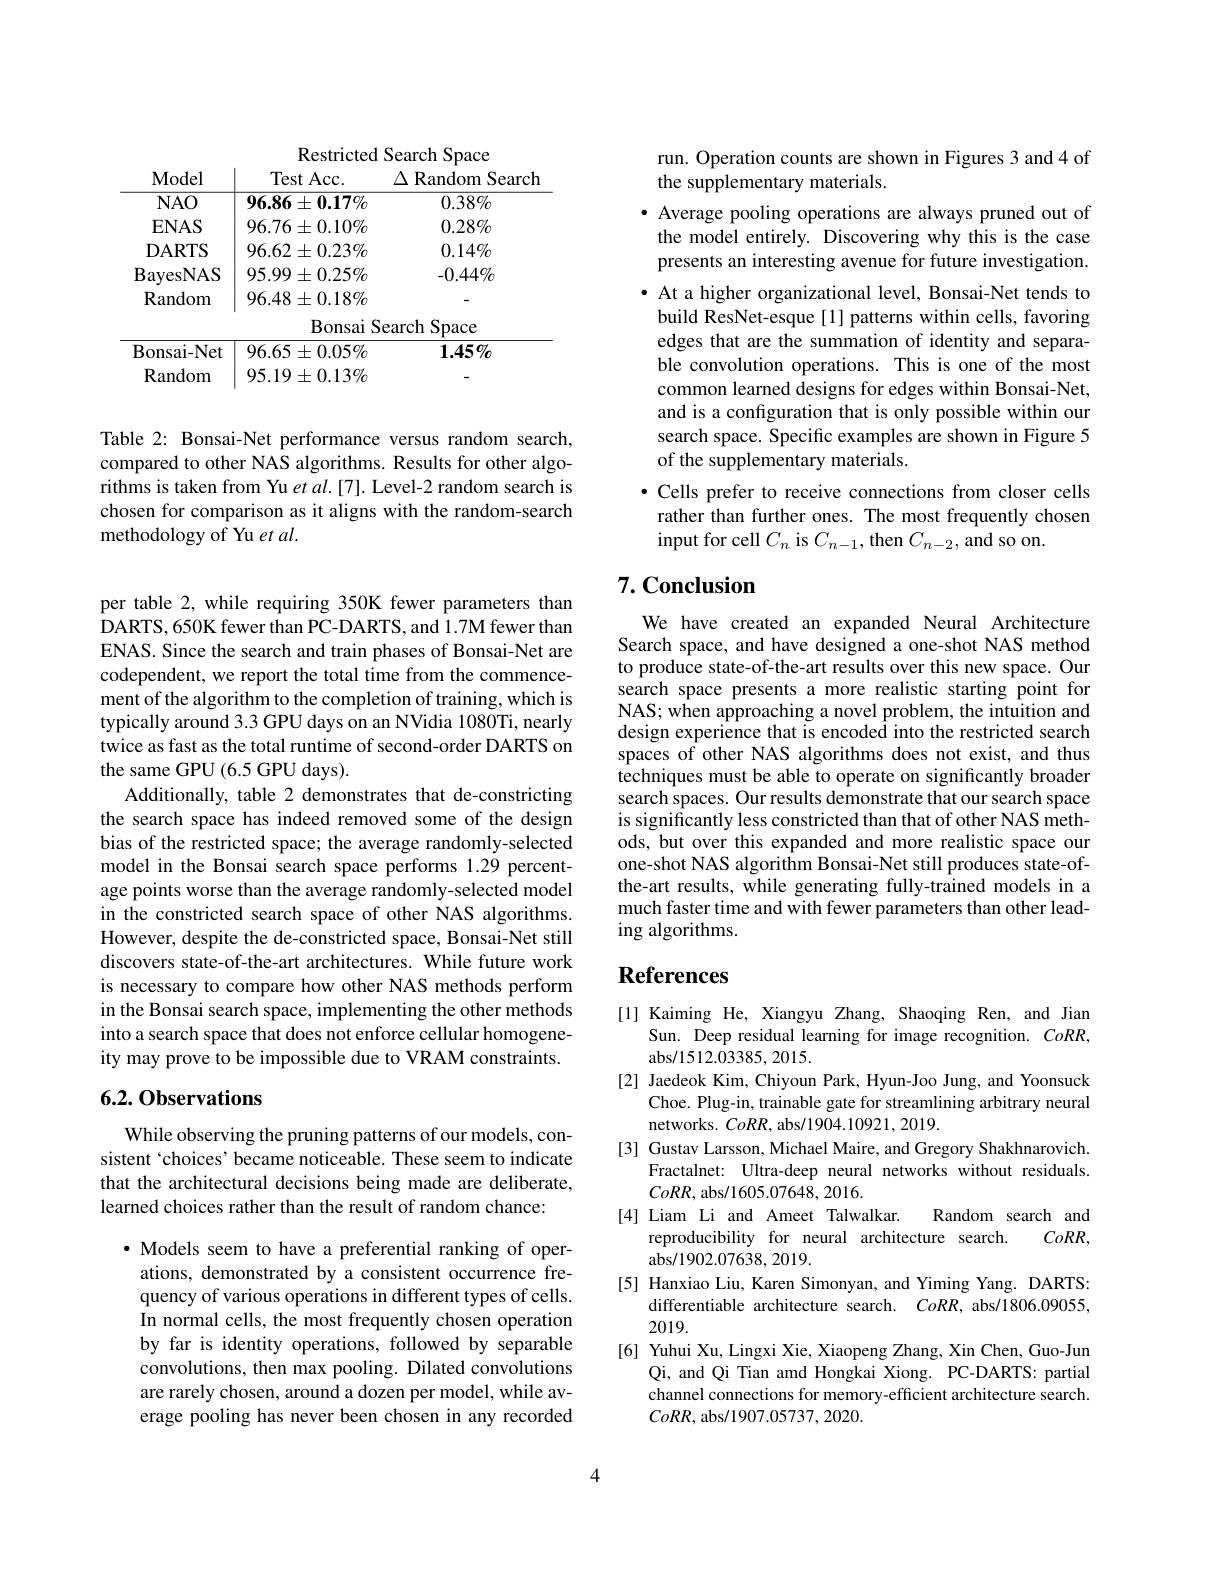
Restricted Search Space
<table>
	<tbody>
		<tr>
			<th>Model</th>
			<th>Test Acc. </th>
			<th>$\Delta$Random Search</th>
		</tr>
		<tr>
			<td>$NAO$</td>
			<td>$96.86\pm0.17\%$</td>
			<td>$0.38\%$</td>
		</tr>
		<tr>
			<td>$\mathbf{ENAS}$</td>
			<td>$96.76\pm0.10\%$</td>
			<td>$0.28\%$</td>
		</tr>
		<tr>
			<td>DARTS</td>
			<td>$96.62\pm0.23\%$</td>
			<td>$0.14\%$</td>
		</tr>
		<tr>
			<td>Bonsai- Net</td>
			<td>$96.65\pm0.05\%$</td>
			<td>一F $1.45\%$</td>
		</tr>
		<tr>
			<td>Random</td>
			<td>$95.19\pm0.13\%$</td>
			<td> </td>
		</tr>
	</tbody>
</table>

Table 2: Bonsai-Net performance versus random search, compared to other NAS algorithms. Results for other algorithms is taken from Yu $etal.[7].$ Level-2 random search is chosen for comparison as it aligns with the random-search methodology of Yu et al.

per table 2, while requiring 350K fewer parameters than DARTS, 650K fewer than PC-DARTS, and 1.7M fewer than ENAS. Since the search and train phases of Bonsai-Net are codependent, we report the total time from the commencement of the algorithm to the completion of training, which is typically around 3.3 GPU days on an NVidia 1080Ti, nearly twice as fast as the total runtime of second-order DARTS on the same GPU (6.5 GPU days).
Additionally, table 2 demonstrates that de-constricting the search space has indeed removed some of the design bias of the restricted space; the average randomly-selected model in the Bonsai search space performs 1.29 percentage points worse than the average randomly-selected model in the constricted search space of other NAS algorithms. However, despite the de-constricted space, Bonsai-Net still discovers state-of-the-art architectures. While future work is necessary to compare how other NAS methods perform in the Bonsai search space, implementing the other methods into a search space that does not enforce cellular homogeneity may prove to be impossible due to VRAM constraints.

## 6.2. Observations

While observing the pruning patterns of our models, consistent `choices' became noticeable. These seem to indicate that the architectural decisions being made are deliberate, learned choices rather than the result of random chance:

$\bullet$ Models seem to have a preferential ranking of operations, demonstrated by a consistent occurrence frequency of various operations in different types of cells. In normal cells, the most frequently chosen operation by far is identity operations, followed by separable convolutions, then max pooling. Dilated convolutions are rarely chosen, around a dozen per model, while average pooling has never been chosen in any recorded

run. Operation counts are shown in Figures 3 and 4 of
the supplementary materials.
$\bullet$ Average pooling operations are always pruned out of the model entirely. Discovering why this is the case presents an interesting avenue for future investigation. · At a higher organizational level, Bonsai-Net tends to build ResNet-esque[1] patterns within cells, favoring edges that are the summation of identity and separable convolution operations. This is one of the most common learned designs for edges within Bonsai-Net, and is a configuration that is only possible within our search space. Specific examples are shown in Figure 5 of the supplementary materials.
$\bullet$ Cells prefer to receive connections from closer cells rather than further ones. The most frequently chosen

input for cell $C_n$ is $C_n-1$, then $C_n-2$, and so on.

## 7. Conclusion

We have created an expanded Neural Architecture Search space, and have designed a one-shot NAS method to produce state-of-the-art results over this new space. Our search space presents a more realistic starting point for NAS; when approaching a novel problem, the intuition and design experience that is encoded into the restricted search spaces of other NAS algorithms does not exist, and thus techniques must be able to operate on significantly broader search spaces. Our results demonstrate that our search space is significantly less constricted than that of other NAS methods, but over this expanded and more realistic space our one-shot NAS algorithm Bonsai-Net still produces state-ofthe-art results, while generating fully-trained models in a much faster time and with fewer parameters than other leading algorithms.

# References

[1] Kaiming He, Xiangyu Zhang, Shaoqing Ren, and Jian
Sun. Deep residual learning for image recognition. $CoRR$,
abs/1512.03385,2015.
[2] Jaedeok Kim, Chiyoun Park, Hyun-Joo Jung, and Yoonsuck
Choe. Plug-in, trainable gate for streamlining arbitrary neural
networks. $CoRR$, abs/1904.10921, 2019.
[3] Gustav Larsson, Michael Maire, and Gregory Shakhnarovich.
Fractalnet: Ultra-deep neural networks without residuals.
$CoRR$, abs/1605.07648,2016.
[4] Liam Li and Ameet Talwalkar.
Random search and
reproducibility for neural architecture search.
$CoRR$,
abs/1902.07638,2019.
[5] Hanxiao Liu, Karen Simonyan, and Yiming Yang. DARTS:
differentiable architecture search. $CoRR$, abs/1806.09055
2019.
[6] Yuhui Xu, Lingxi Xie, Xiaopeng Zhang, Xin Chen, Guo-Jun
Qi, and Qi Tian amd Hongkai Xiong. PC-DARTS: partial channel connections for memory-efficient architecture search. $CoRR$, abs/1907.05737,2020.

4